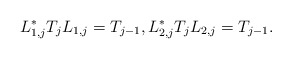
\begin{align*} L_{1,j}^*T_{j} L_{1,j} = T_{j-1}, L_{2,j}^*T_{j} L_{2,j} = T_{j-1}.\end{align*}